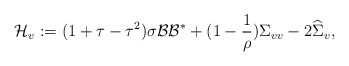
\begin{align*}\mathcal{H}_v: = (1+\tau - \tau^2)\sigma\mathcal{B}\mathcal{B}^* + (1-\frac{1}{\rho})\Sigma_{vv} - 2\widehat{\Sigma}_v, \end{align*}